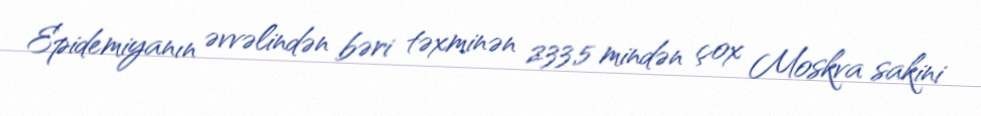
Epidemiyanın əvvəlindən bəri təxminən 233,5 mindən çox Moskva sakini